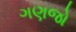
ગણજો